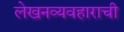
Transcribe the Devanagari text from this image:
लेखनव्यवहाराची